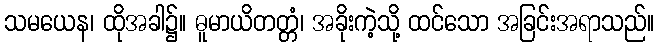
သမယေန၊ ထိုအခါ၌။ ဓူမာယိတတ္တံ၊ အခိုးကဲ့သို့ ထင်သော အခြင်းအရာသည်။